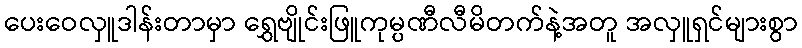
ပေးဝေလှူဒါန်းတာမှာ ရွှေဗျိုင်းဖြူကုမ္ပဏီလီမိတက်နဲ့အတူ အလှူရှင်များစွာ